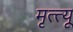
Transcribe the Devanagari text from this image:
मृत्त्यू